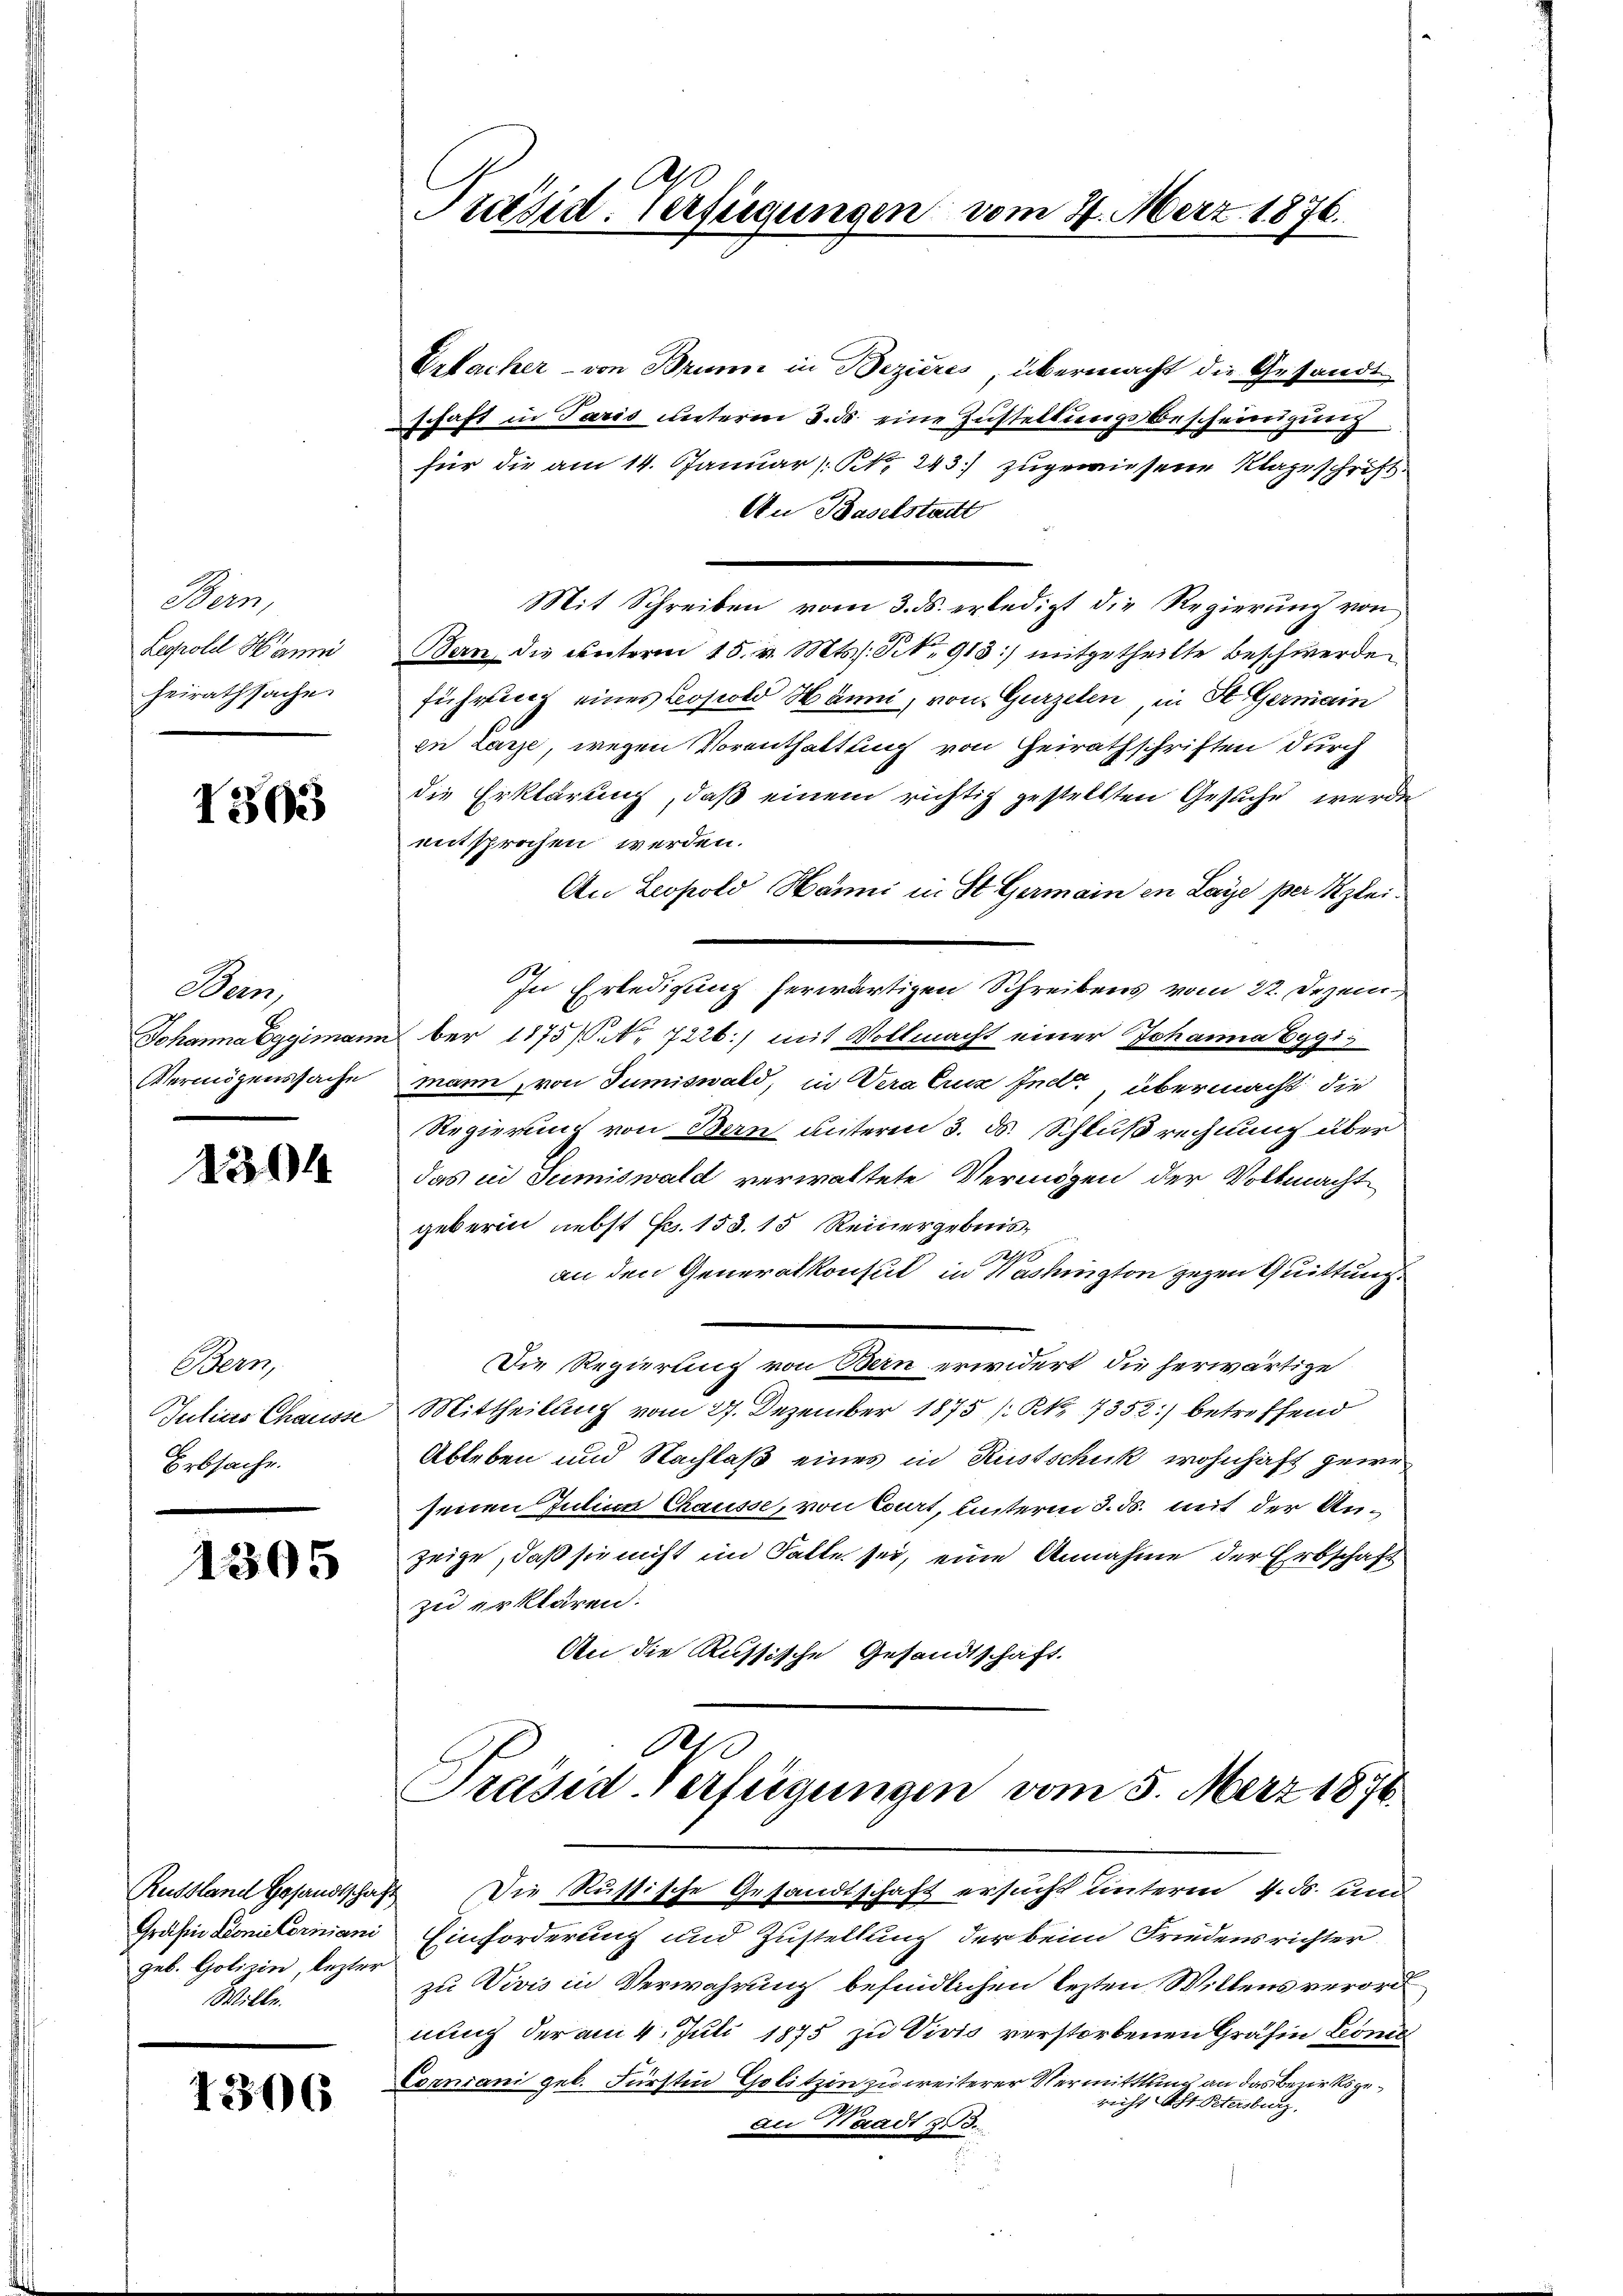
Bern,
Legrold Hanni
heirathsache.

1503

Aren,
Johanna Eggimann
Vermögenssache

304

Bern,
Julius Chausse
Erbsache.

1305

Russland Gesandtschaft
Gräfin Pionie Coriniani
geb. Golizin, lezter
Wille.

1396

Präsid. Verfügungen vom 27. März 1876.

Urfacher - von Brunn in Bezieres, übermacht die Gesandt
schaft in Paris unterm 3. ds. eine Zustellungsbescheinigung
für die am 14. Januar (: NNo. 243.) zugewiesene Klageschrift
An Baselstadtt
Mit Schreiben vom 3. ds. erledigt die Regierung von
Bern, die unterm 15. v. Mts. S. 913] mitgetheilte Beschwerde
führung eines Leopold Hänni, von Gurzelen, in St. Germain
en Lanze, wegen Vorenthaltung von Heirathschriften durch
die Erklärung, daß einem richtig gestellten Gesuche werde
eitsprochen werden.
An Leopold Hänni in St. Germain in Lage per Klei¬
In Erledigung herwärtigen Schreibens vom 22. Dezem
ber 1175/6. 7226.) mit Vollmacht einer Johanna Eggimann, von Jumiswald, in Vera Cucz Iner, übermacht die
Regierung von Bern unteren 3. ds. Schluß rechnung über
das in Sumiswald verwaltete Vermögen der Vollmacht
geberin nebst Fr. 153. 15 Reinergebnis,
an den Generalkonsul in Washington gegen Quittung
Die Regierung von Bern erwidert, die herwärtige
Mittheilung vom 27. Dezember 1875 /Kk. 1352) betreffend
Ableben und Nachlaß eines in Rustschuk wohnhaft gewesenen Julium Chausse, von Court, unterm 3. ds. mit der Anzeige, daß sie nicht im Falle sei, eine Annahme der Erbschaft
zu erklären.
An die Russische Gesandtschaft.
de
Präsid-Verfügungen vom 5. März 1876.
Die Russische Gesandtschaft ersucht unterm 4. ds. und
Einforderung und Zustellung der beim Friedensrichter
zu Vivis in Verwahrung befindlichen lezten Willens verordnung der am 4. Juli 1875 zu Vivis verstorbenen Gräfin Lond
Corniani geb. Fürstin Golitzen zu weiterer Vermittlung an das Bezirksgericht Ast Petersburg,
an Waadt 330.